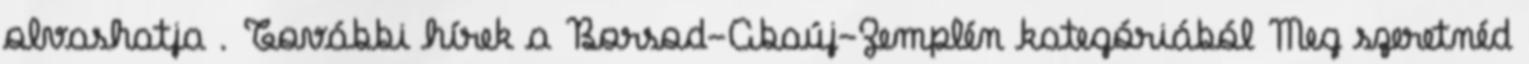
olvashatja . További hírek a Borsod-Abaúj-Zemplén kategóriából Meg szeretnéd